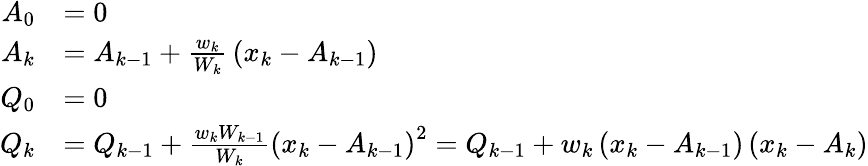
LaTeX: {\begin{array}{rl}{A_{0}}&{=0}\\ {A_{k}}&{=A_{k-1}+{\frac{w_{k}}{W_{k}}}\left(x_{k}-A_{k-1}\right)}\\ {Q_{0}}&{=0}\\ {Q_{k}}&{=Q_{k-1}+{\frac{w_{k}W_{k-1}}{W_{k}}}\left(x_{k}-A_{k-1}\right)^{2}=Q_{k-1}+w_{k}\left(x_{k}-A_{k-1}\right)\left(x_{k}-A_{k}\right)}\end{array}}